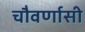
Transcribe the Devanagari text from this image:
चौवर्णासी